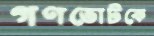
গণভোটকে